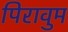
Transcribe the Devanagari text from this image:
पिरावुम